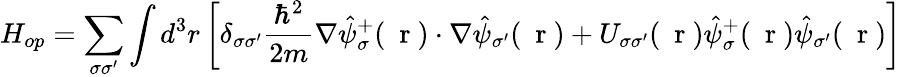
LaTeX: H_{op}=\sum_{\sigma\sigma^{\prime}}\int d^{3}r\left[\delta_{\sigma\sigma^{\prime}}\frac{\hbar^{2}}{2m}\nabla\hat{\psi}_{\sigma}^{+}(\mathrm{~\mathbf~r~})\cdot\nabla\hat{\psi}_{\sigma^{\prime}}(\mathrm{~\mathbf~r~})+U_{\sigma\sigma^{\prime}}(\mathrm{~\mathbf~r~})\hat{\psi}_{\sigma}^{+}(\mathrm{~\mathbf~r~})\hat{\psi}_{\sigma^{\prime}}(\mathrm{~\mathbf~r~})\right]